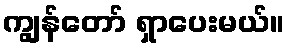
ကျွန်တော် ရှာပေးမယ်။